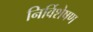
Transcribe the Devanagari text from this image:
निर्विशेषण